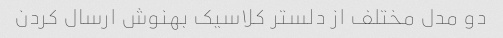
دو مدل مختلف از دلستر کلاسیک بهنوش ارسال کردن